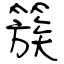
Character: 簇